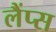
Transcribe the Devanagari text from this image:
लैंप्स